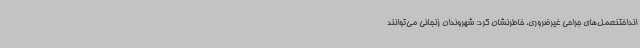
انداختنعمل‌های جراحی غیرضروری، خاطرنشان کرد: شهروندان زنجانی می‌توانند